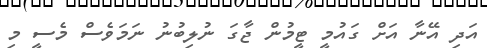
އަދި އޭނާ އަށް ގައުމީ ޓީމުން ޖާގަ ނުލިބުނު ނަމަވެސް މެސީ މި